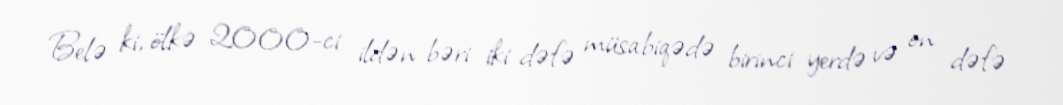
Belə ki, ölkə 2000-ci ildən bəri iki dəfə müsabiqədə birinci yerdə və on dəfə